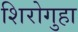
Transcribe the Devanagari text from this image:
शिरोगुहा